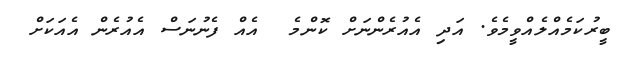
ބީރުކަމެއްލެއްވީމެވެ. އަދި އެއުރެންނަށް ކޮންމެ  އެއް ފެނުނަސް އެއުރެން އެއަކަށް